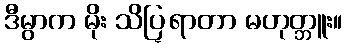
ဒီမွာက မိုး သိပ္ရြာတာ မဟုတ္ဘူး။